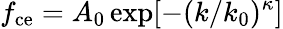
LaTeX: f_{\mathrm{ce}}=A_{0}\exp[-(k/k_{0})^{\kappa}]